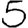
Digit: 5